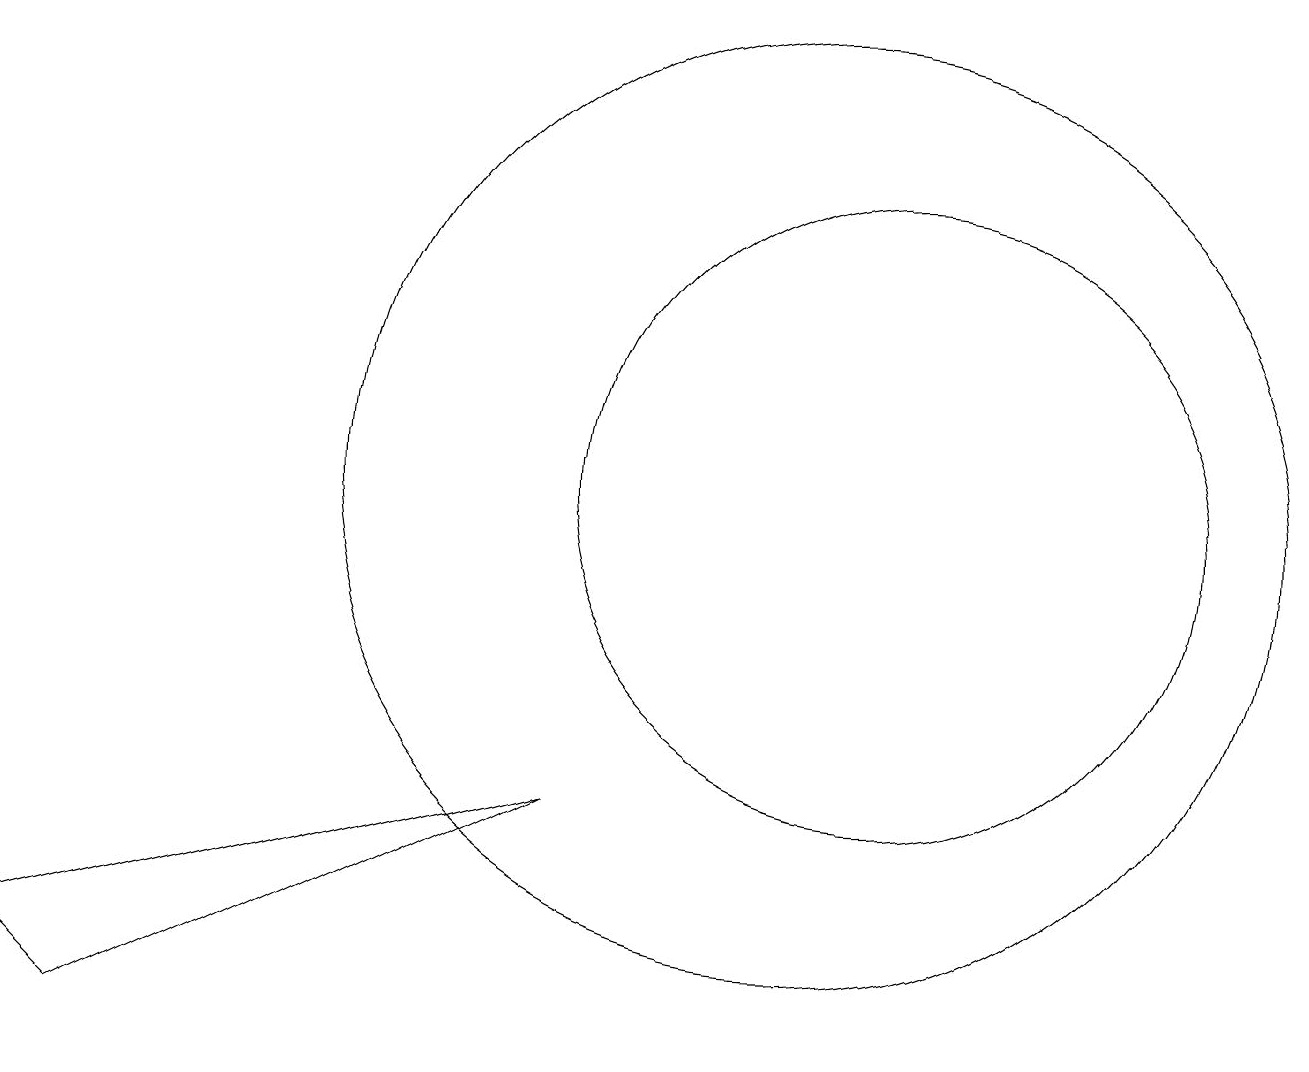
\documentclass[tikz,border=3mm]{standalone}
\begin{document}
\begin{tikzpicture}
\draw (7,6) -- (0,4) -- (1,3) -- cycle;
\draw (11,10) circle (4);
\draw (10,10) circle (6);
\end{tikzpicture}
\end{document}